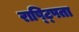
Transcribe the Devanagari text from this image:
राष्ट्पिता